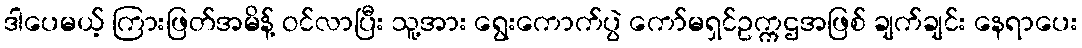
ဒါပေမယ့် ကြားဖြတ်အမိန့် ဝင်လာပြီး သူ့အား ရွေးကောက်ပွဲ ကော်မရှင်ဥက္ကဌအဖြစ် ချက်ချင်း နေရာပေး